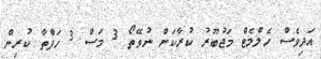
އަދިވެސް ހެލްމެޓް މަޖުބޫރު ކުރާކަށް ނުވޭތޯ 3 މަސް 3 ހަފްތާ ކުރިން